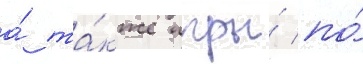
а́ та́кже игры́ по́